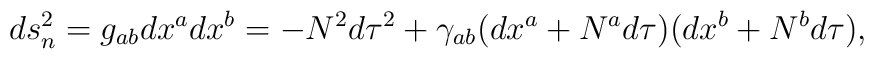
ds_n^2=g_{ab}dx^adx^b=-N^2 d\tau^2   +\gamma_{ab}(dx^a+N^a d\tau)(dx^b+N^b d\tau),